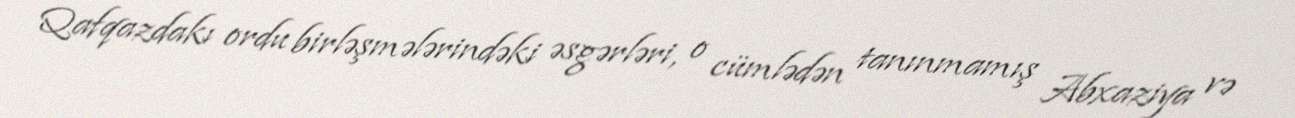
Qafqazdakı ordu birləşmələrindəki əsgərləri, o cümlədən tanınmamış Abxaziya və